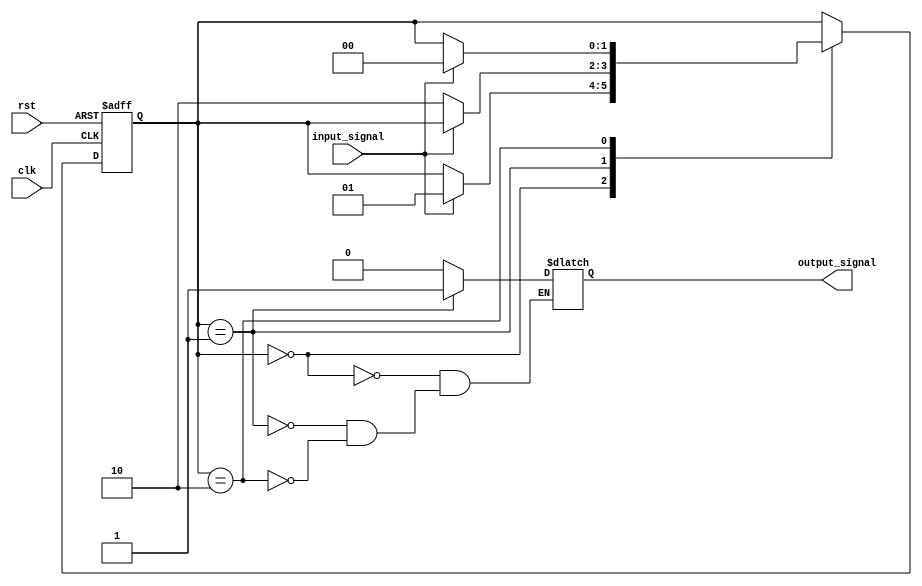
module fsm(
    input wire clk,
    input wire rst,
    input wire input_signal,
    output reg output_signal
);

// State definitions
parameter STATE_A = 2'b00;
parameter STATE_B = 2'b01;
parameter STATE_C = 2'b10;

// State register
reg [1:0] state;

// Output register
reg output_signal;

always @(posedge clk or posedge rst) begin
    if (rst) begin
        state <= STATE_A;
    end else begin
        case (state)
            STATE_A: begin
                if (input_signal) begin
                    state <= STATE_B;
                end
            end
            STATE_B: begin
                if (!input_signal) begin
                    state <= STATE_C;
                end
            end
            STATE_C: begin
                if (input_signal) begin
                    state <= STATE_A;
                end
            end
        endcase
    end
end

// Output logic
always @(*) begin
    case (state)
        STATE_A: begin
            output_signal = 1'b0;
        end
        STATE_B: begin
            output_signal = 1'b1;
        end
        STATE_C: begin
            output_signal = 1'b0;
        end
    endcase
end

endmodule